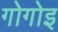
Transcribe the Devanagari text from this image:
गोगोइ